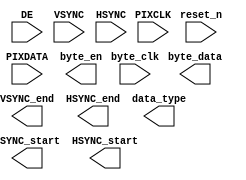
// --------------------------------------------------------------------
// >>>>>>>>>>>>>>>>>>>>>>>>> COPYRIGHT NOTICE <<<<<<<<<<<<<<<<<<<<<<<<<
// --------------------------------------------------------------------
// Copyright (c) 2013 by Lattice Semiconductor Corporation
// --------------------------------------------------------------------
//
// Permission:
//
//   Lattice Semiconductor grants permission to use this code for use
//   in synthesis for any Lattice programmable logic product.  Other
//   use of this code, including the selling or duplication of any
//   portion is strictly prohibited.
//
// Disclaimer:
//
//   This VHDL or Verilog source code is intended as a design reference
//   which illustrates how these types of functions can be implemented.
//   It is the user's responsibility to verify their design for
//   consistency and functionality through the use of formal
//   verification methods.  Lattice Semiconductor provides no warranty
//   regarding the use or functionality of this code.
//
// --------------------------------------------------------------------
//           
//                     Lattice Semiconductor Corporation
//                     5555 NE Moore Court
//                     Hillsboro, OR 97214
//                     U.S.A
//
//                     TEL: 1-800-Lattice (USA and Canada)
//                          408-826-6000 (other locations)
//
//                     web: http://www.latticesemi.com/
//
// --------------------------------------------------------------------
//
// parallel2byte.v
// 
//
// --------------------------------------------------------------------
//
// Revision History :
// --------------------------------------------------------------------
//   Ver  :| Author            :| Mod. Date :| Changes Made:
//   V1.0 :| APPS_LHQ          :| 07/16/13  :| Initial Release
//------------------------------------------------------------------------------------------------------------------------------------------

module parallel2byte #(
     parameter              word_width = 24        ,
     parameter              lane_width = 4         ,
     parameter              dt         = 6'h3E     
)(
     input                  reset_n                ,
     input                  PIXCLK                 ,
     input                  DE                     ,
     input [word_width-1:0] PIXDATA                ,           
     
     output                 byte_en                ,
     input                  byte_clk               ,
     output  [15:0]      byte_data              ,
     
     
     input                  VSYNC                  ,
     input                  HSYNC                  ,
     output                 VSYNC_start            ,
     output                 VSYNC_end              ,
     output                 HSYNC_start            ,
     output                 HSYNC_end              ,
     output [5:0]           data_type
);


endmodule